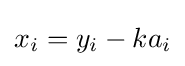
x_{i}=y_{i}-ka_{i}